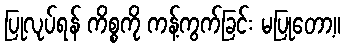
ပြုလုပ်ရန် ကိစ္စကို ကန့်ကွက်ခြင်း မပြုတော့။